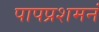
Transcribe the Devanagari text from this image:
पापप्रशमनं